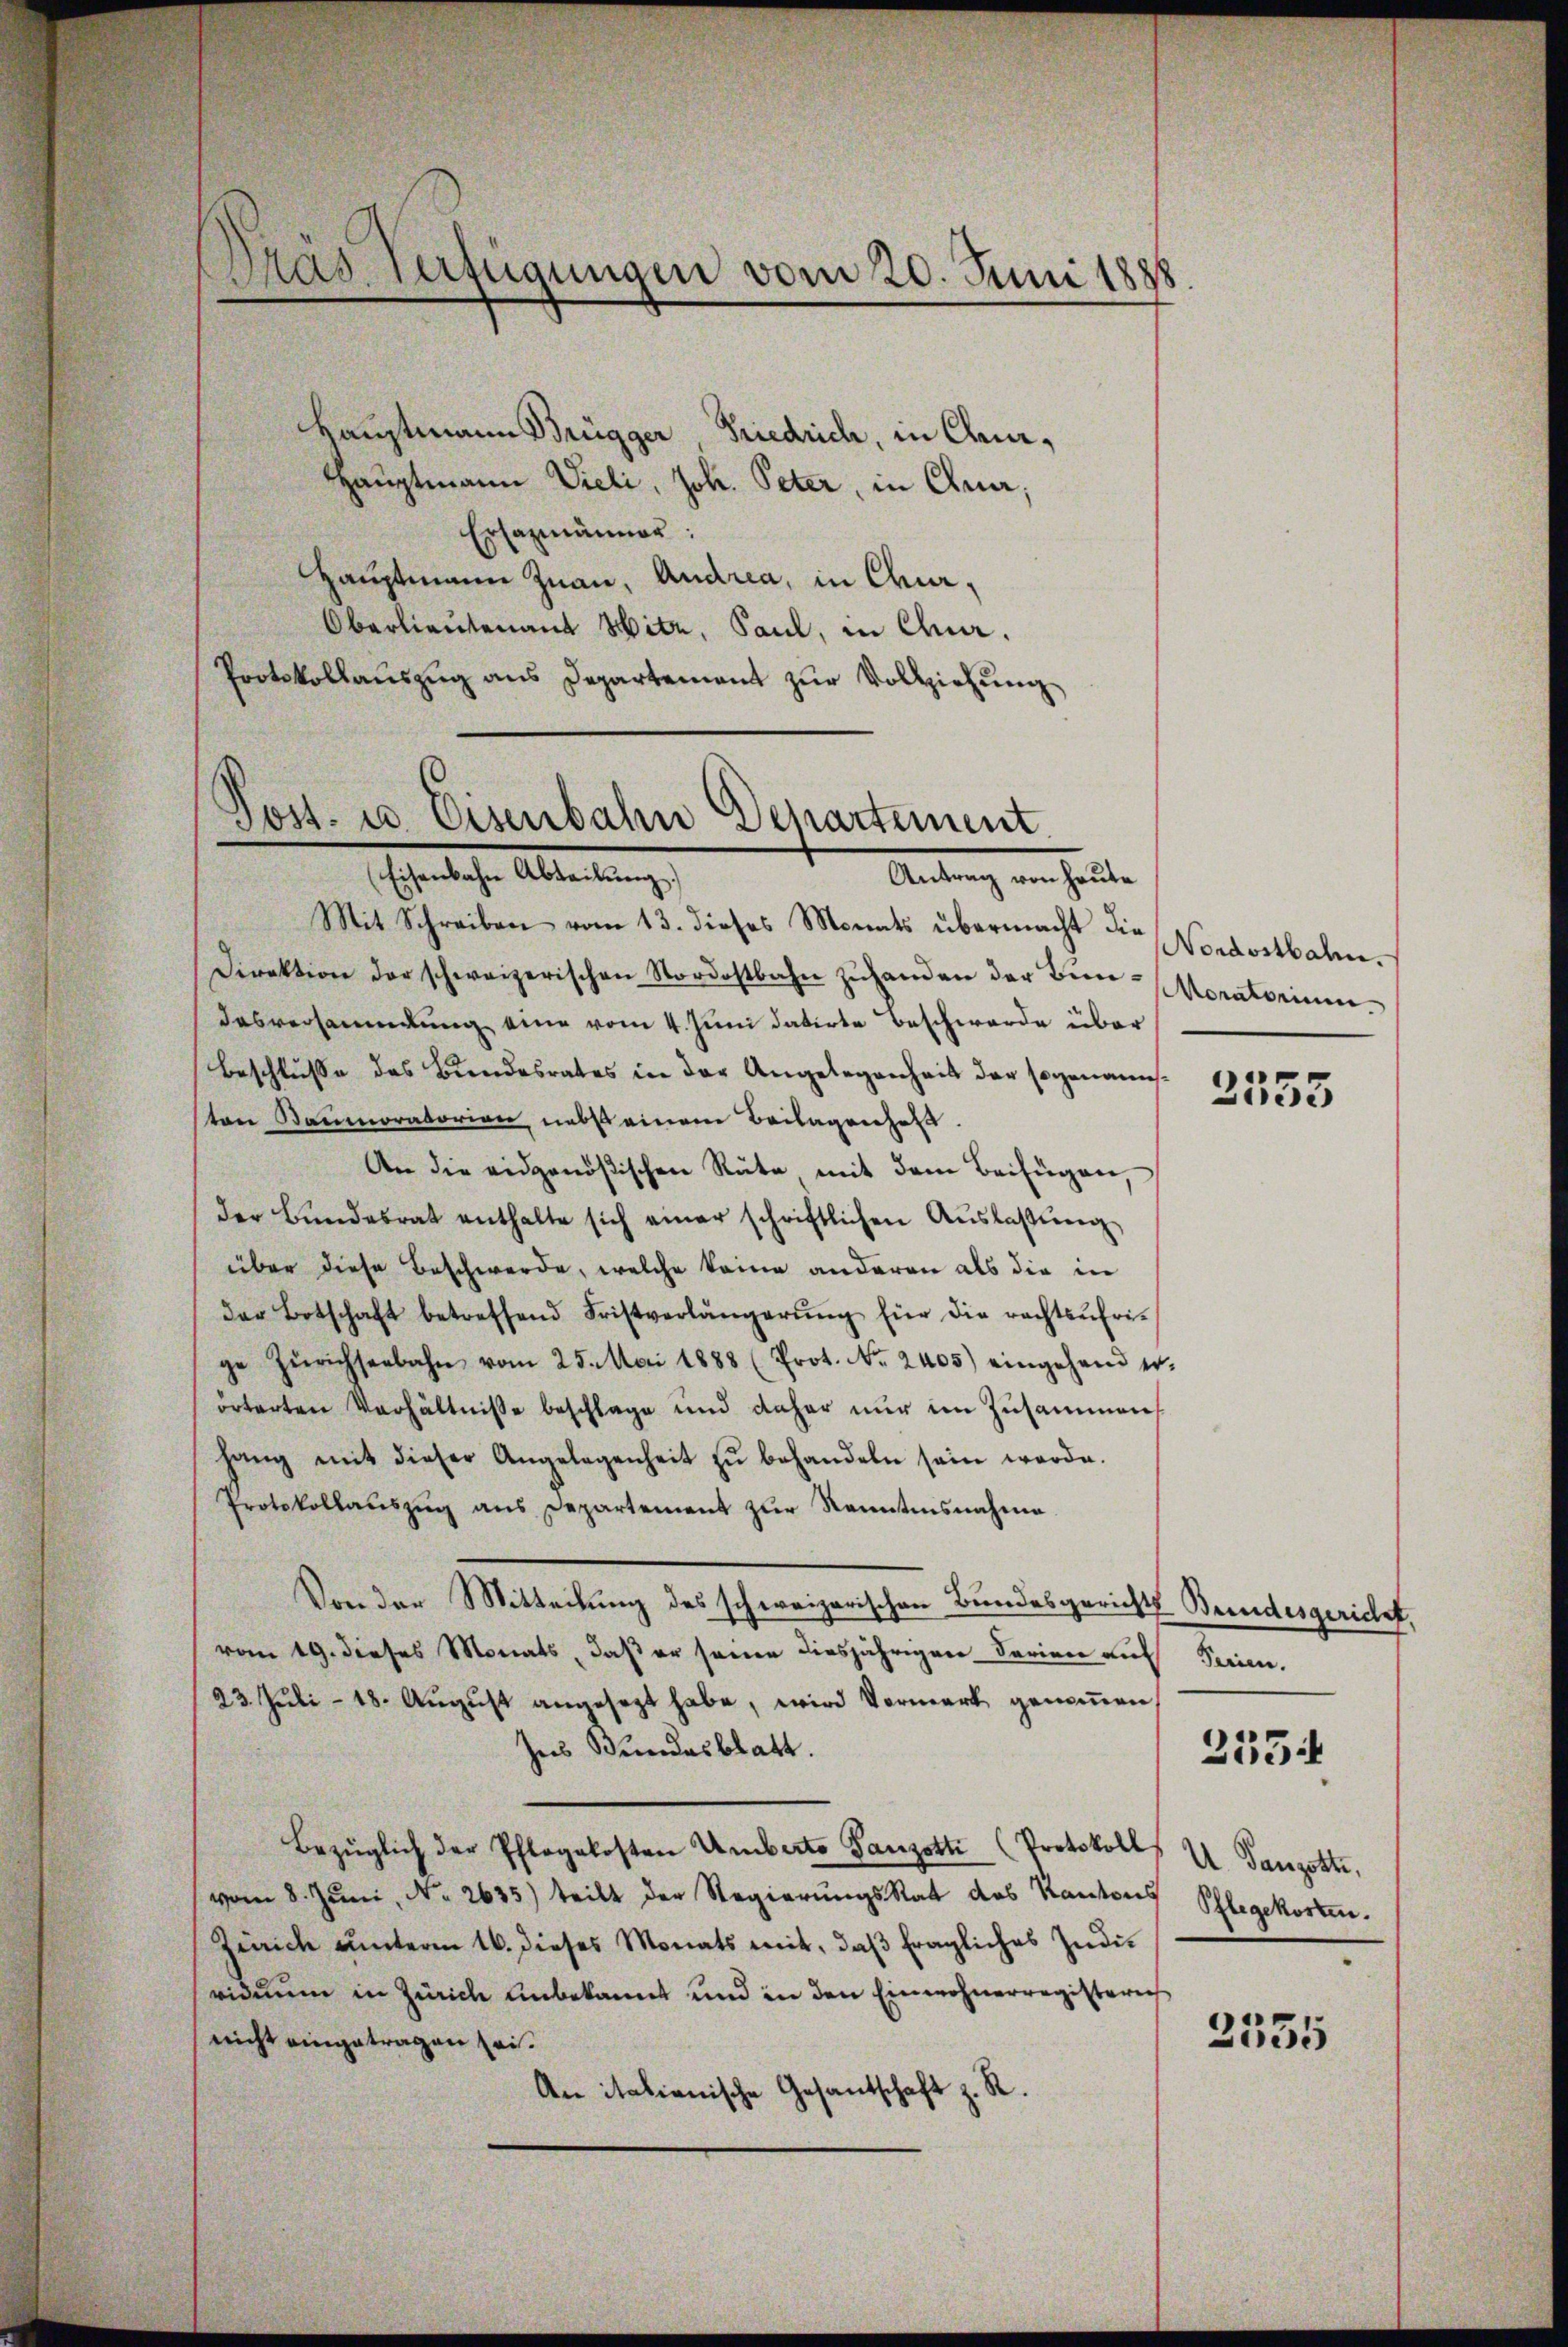
Das verfügungen vom 20. Juni 1888

Hauptmann Brügger, Friedrich, in Chur,
Hauptmann Vieli, Joh. Peter, in Chrir;
Ersazmänner:
Hauptmann Juan, Andrea, in Chur¬
Oberlieutenant Mite, Paul, in Chur.
Protokollaŭszŭg ans Departement zŭr Vollziehŭng

Post- u. Eisenbahn Departement
Eheliche Abteilung
Antrag von heute

Mit Schreiben vom 13. dieses Monats übermacht die Nordostbahn.
Direktion der schweizerischen Nordostbahn zŭ handen der Bin-Moratorium.
desversammlung eine vom 4. Juni datirte Beschwerde über
Beschlusse des Bundesrates in der Angelegenheit der sogenannton Baumoratorian nebst einem Beilagenheit.
An die eidgenößischen Räte, mit dem Beifügen,
der Bŭndesrat enthalte sich einer schriftlichen Aŭslaβŭng
über diese Beschwerde, welche keine anderen als die in
der Botschaft betreffend Fristverlängerŭng für die rechtsŭfri-
ge Zürichseebahn vom 25. Mai 1888 (Prot. No. 2405) eingehend er
örterten Verhältnisse beschlage und daher nur im Zusammens
hang mit dieser Angelegenheit zŭ behandeln sein werde.
Protokollaŭszŭg ans Departement zŭr Kenntnisnahme
Von der Mitteilung des schweizerischen Bundesgerichts Bundesgericht,
vom 19. dieses Monats, daß er seine diesjährigen darien auf Ferien.
23. Juli - 18. August angesagt habe, wird Vormerk genommen,
hes Bundesblatt.
Bezüglich der Pflegekosten Umberto Ganzotti (Protokoll
vom 8. Jŭni, No. 2635) teilt der RegierŭngsRat des Kantons Schlegekosten.
Zürich unterm 16. dieses Monats mit, daβ fragliches Zŭdividuum in Zürich unbekannt und in den Einwohnerregisteris
nicht eingetragen sei.
An italienische Gesantschaft z. R.

2553

2554

U Ganzotte,

2535